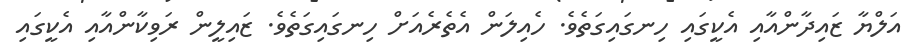
އަލްޔާ ޒައިދާންއާއި އެކީގައި ހިނގައިގަތެވެ. ހެއިލަން އެތެރެއަށް ހިނގައިގަތެވެ. ޒައިލީން ރަވިކާންއާއި އެކީގައި